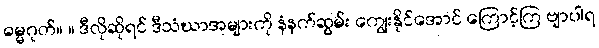
ဓမ္မဂုတ်။ ။ ဒီလိုဆိုရင် ဒီသံဃာအများကို နံနက်ဆွမ်း ကျွေးနိုင်အောင် ကြောင့်ကြ ဗျာပါရ